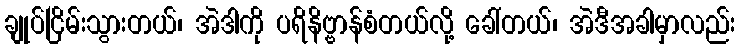
ချုပ်ငြိမ်းသွားတယ်၊ အဲဒါကို ပရိနိဗ္ဗာန်စံတယ်လို့ ခေါ်တယ်၊ အဲဒီအခါမှာလည်း